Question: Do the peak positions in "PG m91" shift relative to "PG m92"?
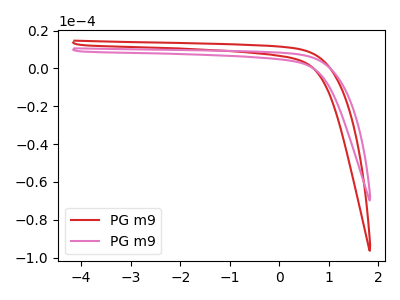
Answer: <think>The red curve "PG m91" has no peaks. The pink curve "PG m92" has no peaks.
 Neither "PG m91" or "PG m92" have any peaks.</think>
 <answer>No, "PG m91" and "PG m92" don't appear to be significantly different in shape</answer>
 <eval>no_change</eval>